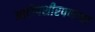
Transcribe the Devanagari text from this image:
आटोपशीरपणाचा